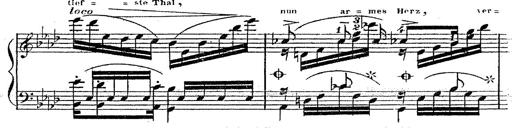
Title: 12 Lieder von Franz Schubert
Composer: Franz Liszt